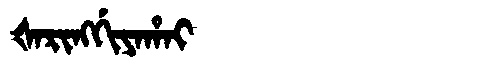
Manchu: ᡧᠠᡵᡳᠩᡤᡳᠶᠠᡥᠠᡳ
Romanization: ŠARINGGIYAHAI